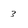
Character: 3